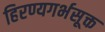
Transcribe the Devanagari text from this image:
हिरण्यगर्भसूक्त